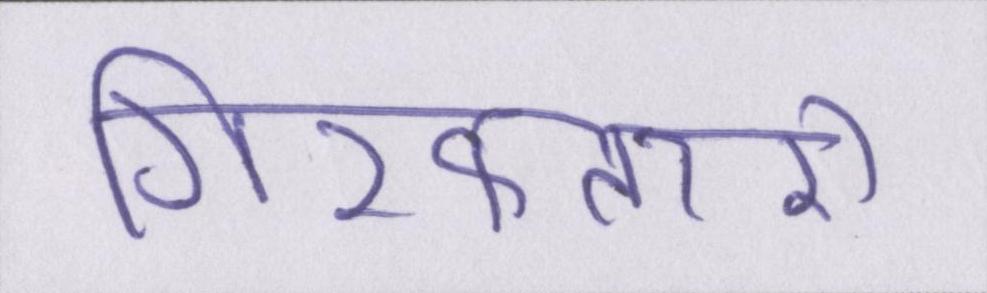
गिरफ्तारी